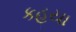
કહયા